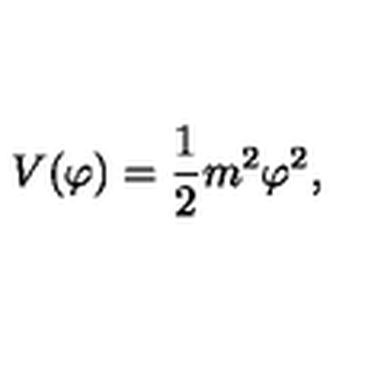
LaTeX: V ( \varphi ) = { \frac { 1 } { 2 } } m ^ { 2 } \varphi ^ { 2 } ,